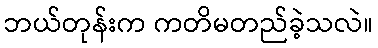
ဘယ်တုန်းက ကတိမတည်ခဲ့သလဲ။